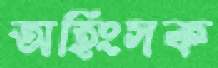
অহিংসক